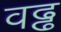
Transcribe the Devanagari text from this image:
वढ्ढ